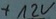
Text: +12V